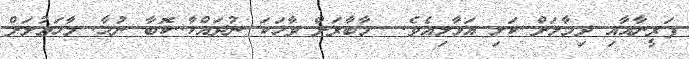
ފަރީނާއާއި ދިމާލަށް ކަޅި އަޅާލިއެވެ.  މާބާރަށް ވާހަކަ ނުދައްކާ..ކޮބާ ނުހާ. މާހަޢުލަށް